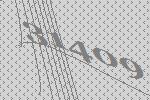
31409